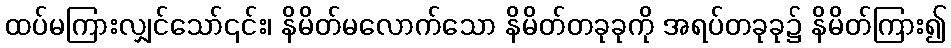
ထပ်မကြားလျှင်သော်၎င်း၊ နိမိတ်မလောက်သော နိမိတ်တခုခုကို အရပ်တခုခု၌ နိမိတ်ကြား၍